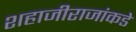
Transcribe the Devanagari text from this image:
शहाजीराजांकडे